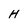
Character: H